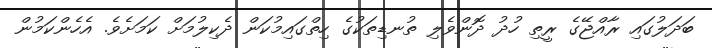
ބަދަލުގައި ރާއްޖޭގެ ރީތި ހުދު ދޮންވެލި ތުނޑިތަކުގެ ހިތްގައިމުކަން ދެކިލުމަށް ކަމަށެވެ. އެހެންކަމުން